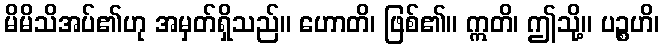
မိမိသိအပ်၏ဟု အမှတ်ရှိသည်။ ဟောတိ၊ ဖြစ်၏။ ဣတိ၊ ဤသို့။ ပဉ္စဟိ၊